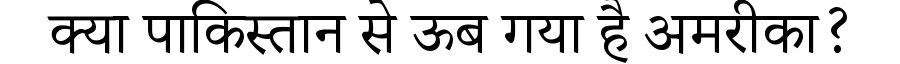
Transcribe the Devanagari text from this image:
क्या पाकिस्तान से ऊब गया है अमरीका?